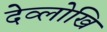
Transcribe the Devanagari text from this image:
देव्लोखि